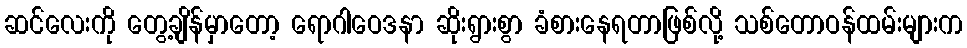
ဆင်လေးကို တွေ့ချိန်မှာတော့ ရောဂါဝေဒနာ ဆိုးရွားစွာ ခံစားနေရတာဖြစ်လို့ သစ်တောဝန်ထမ်းများက